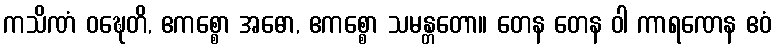
ကသိဏံ ဝဍ္ဎေတိ, ဧကစ္စော အဓော, ဧကစ္စော သမန္တတော။ တေန တေန ဝါ ကာရဏေန ဧဝံ